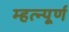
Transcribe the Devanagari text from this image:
म्हत्न्पूर्ण